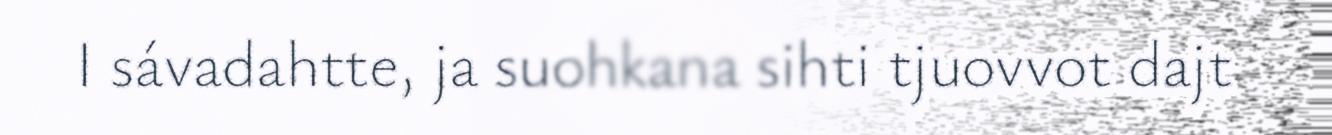
I sávadahtte, ja suohkana sihti tjuovvot dajt